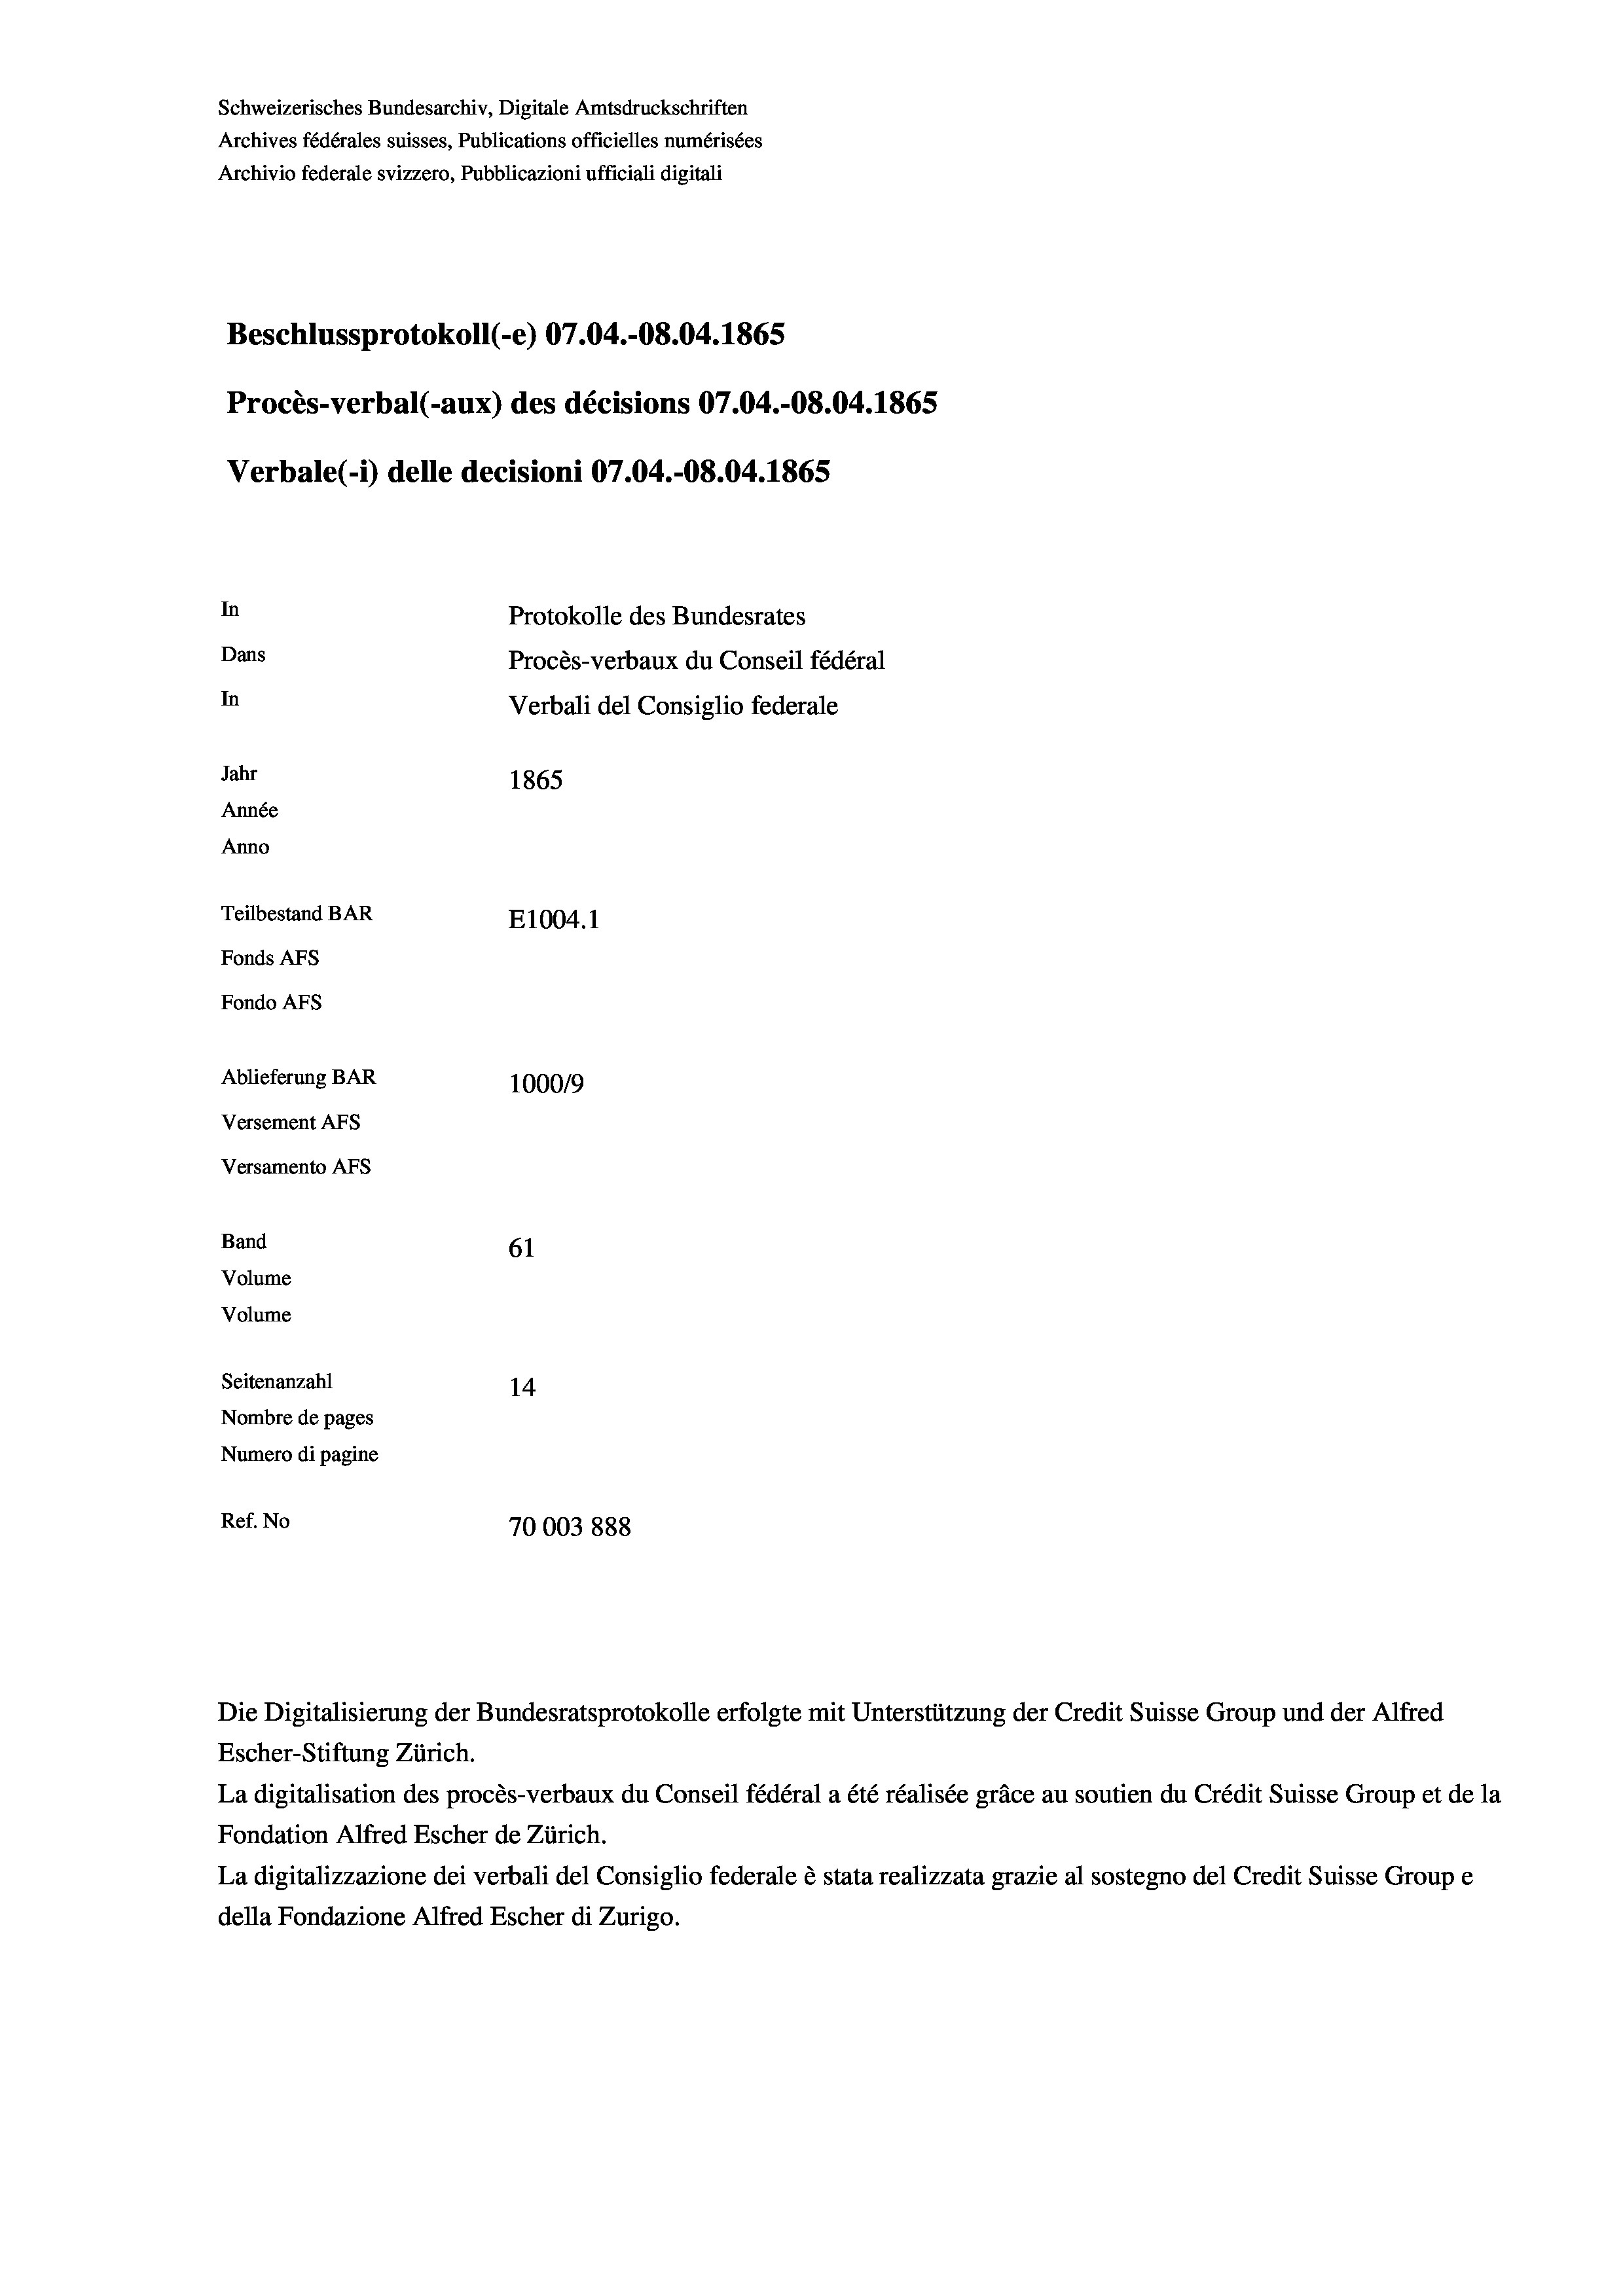
Schweizerisches Bundesarchiv, Digitale Amtsdruckschriften
Archives fédérales suisses, Publications officielles numérisées
Archivio federale svizzero, Pubblicazioni ufficiali digitali
Beschlussprotokoll (-e) 07.04.-08.04. 1865
Procès-verbal (-aux) des décisions 07.04.-O8.04. 1865
Verbale (1) delle decisioni 07.04.-O8.04. 1865
In
Protokolle des Bundesrates
Dans
Procès-verbaux du Conseil fédéral
In
Verbali del Consiglio federale
Jahr
1865
Année
Anno
Teilbestand BAR
E1004.1
Fonds AFs
Fondo Afs
Ablieferung BAR
100019
Versement AFs
Versamento AFS

61
Seitenanzahl
14
Nombre de pages
Numero di pagine
Ref. No
70003888

Band
Volume

Volume

Escher-Stiftung Zürich.
La digitalisation des procès-verbaux du Conseil fédéral a été réalisée gräce au soutien du Crédit Suisse Group et de la
Fondation Alfred Escher de Zürich.
La digitalizzazione dei verbali del Consiglio federale è stata realizzata grazie al sostegno del Credit Suisse Groupe
della Fondazione Alfred Escher di Zurigo.

Die Digitalisierung der Bundesratsprotokolle erfolgte mit Unterstützung der Credit Suisse Group und der Alfred